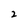
Character: 2